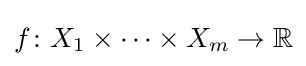
f\colon X_{1}\times \dots \times X_{m}\rightarrow \mathbb {R}